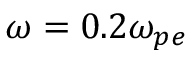
\omega = 0 . 2 \omega _ { p e }